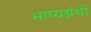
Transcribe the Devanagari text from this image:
भाष्यग्रंथों